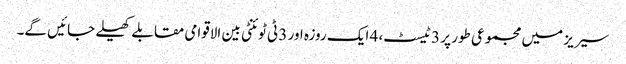
سیریز میں مجموعی طور پر 3 ٹیسٹ، 4 ایک روزہ اور 3 ٹی ٹوئنٹی بین الاقوامی مقابلے کھیلے جائیں گے۔